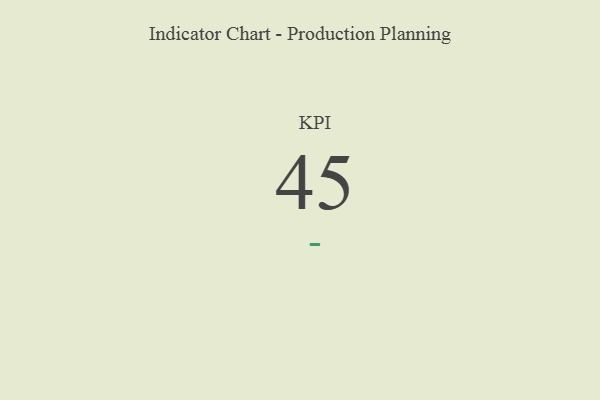
{"axis": {"x": "KPI", "y": "Value"}, "legend": [""], "data": [{"x": "KPI", "y": 45, "type": ""}]}